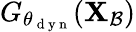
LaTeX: G_{\theta_{\mathrm{~d~y~n~}}}(\mathbf{X}_{\mathcal{B}})